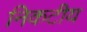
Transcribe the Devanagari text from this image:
निकटीय